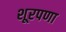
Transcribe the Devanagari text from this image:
शूरपणा